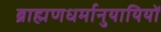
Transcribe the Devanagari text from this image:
ब्राह्मणधर्मानुयायियों